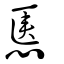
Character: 㥦